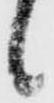
候